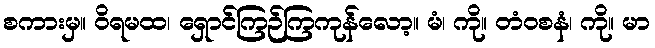
စကားမှ။ ဝိရမထ၊ ရှောင်ကြဉ်ကြကုန်လော့။ မံ၊ ကို။ တံဝစနံ၊ ကို။ မာ